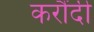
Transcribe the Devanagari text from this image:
करौंदी